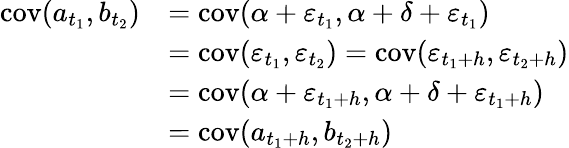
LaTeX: \begin{array}{rl}{\mathrm{cov}(a_{t_{1}},b_{t_{2}})}&{=\mathrm{cov}(\alpha+\varepsilon_{t_{1}},\alpha+\delta+\varepsilon_{t_{1}})}\\ &{=\mathrm{cov}(\varepsilon_{t_{1}},\varepsilon_{t_{2}})=\mathrm{cov}(\varepsilon_{t_{1}+h},\varepsilon_{t_{2}+h})}\\ &{=\mathrm{cov}(\alpha+\varepsilon_{t_{1}+h},\alpha+\delta+\varepsilon_{t_{1}+h})}\\ &{=\mathrm{cov}(a_{t_{1}+h},b_{t_{2}+h})}\end{array}